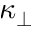
\kappa _ { \perp }